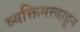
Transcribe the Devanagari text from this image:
व्यक्तिमत्त्वाहून